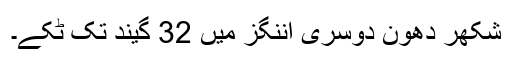
شکھر دھون دوسری اننگز میں 32 گیند تک ٹکے۔